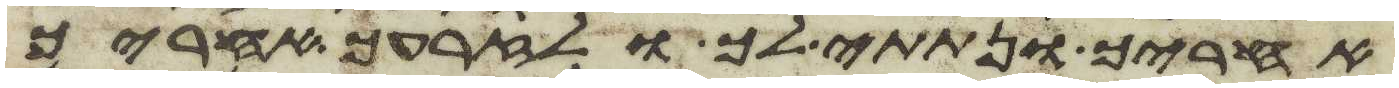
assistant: אחריך ונתתי לך ולזרעך אחריך